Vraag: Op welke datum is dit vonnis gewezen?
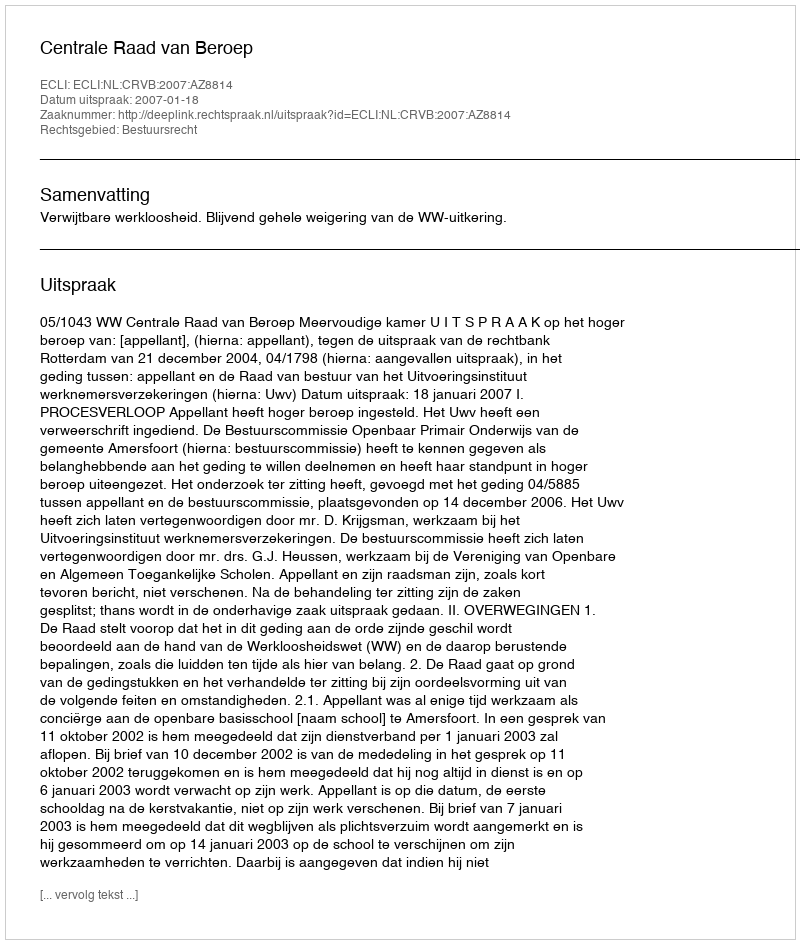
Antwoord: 2007-01-18